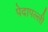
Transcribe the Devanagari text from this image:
पेदापल्ली